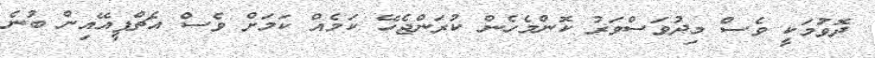
ދޮވުަމަކީ ވެސް މިދުވަސްވަރު ކޮންމެހެން ކުރަންޖެހޭ ކަމެއް ކަމަށް ވެސް އެޗްޕީއޭއިން ބުނެ